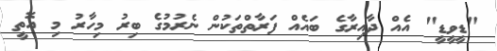
"ޑީވީޑީ" އެއް ދާއިރާގެ ބައެއް ފަރާތްތަކުން ނެރުމުގެ ބިރު މިހާރު މި އޮތީ